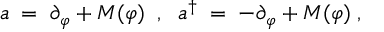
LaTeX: a \; = \; \partial _ { \varphi } + M ( \varphi ) \; \; , \; \; a ^ { \dagger } \; = \; - \partial _ { \varphi } + M ( \varphi ) \; ,